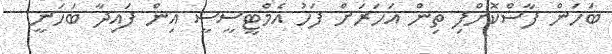
ބަހަން ފާސްކޮށްފި ތިން އަހަރަށް ފަހު އެމްޓީސީސީ އިން ފައިދާ ބަހަނީ